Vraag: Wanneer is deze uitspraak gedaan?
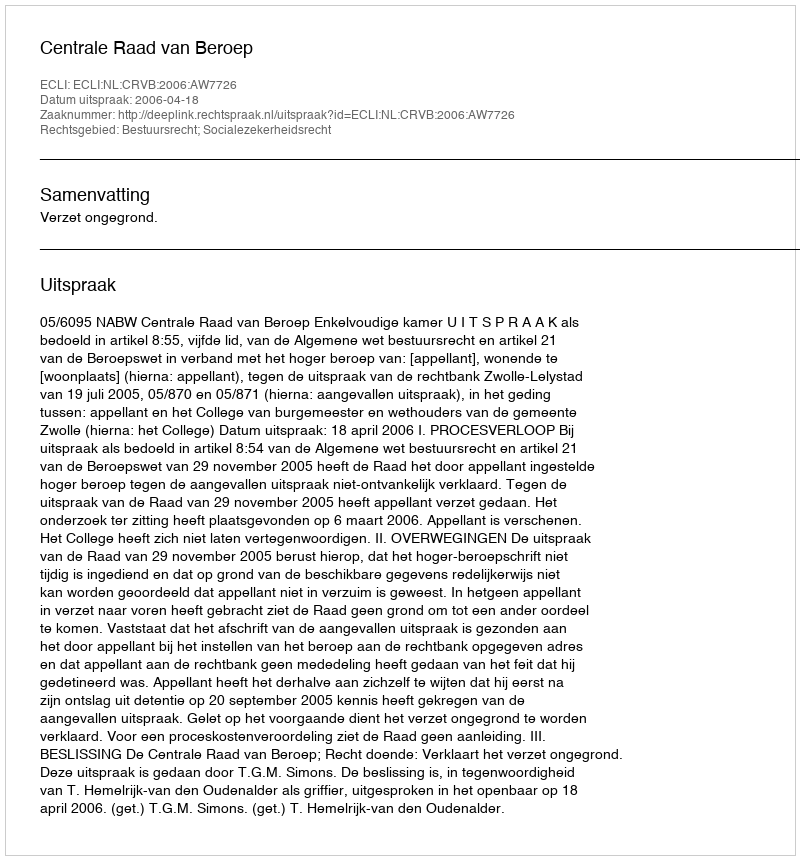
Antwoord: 2006-04-18